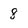
Character: 8